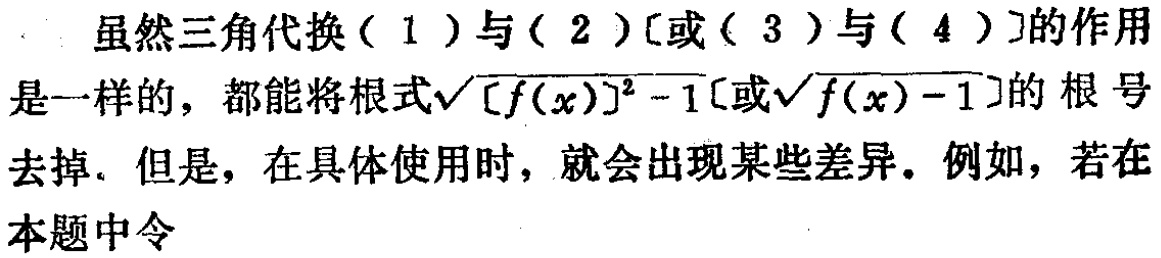
虽然三角代换（1）与（2）[或（3）与（4）]的作用是一样的，都能将根式\(\sqrt{[f(x)]^{2}-1}\)[或\(\sqrt{f(x)-1}\)]的根号去掉．但是，在具体使用时，就会出现某些差异．例如，若在本题中令